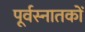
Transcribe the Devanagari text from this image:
पूर्वस्नातकों